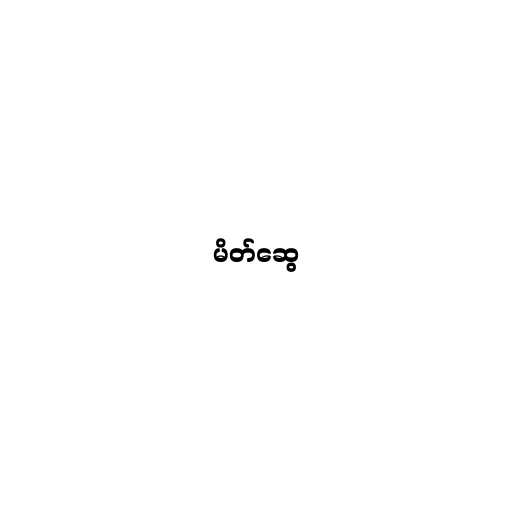
မိတ်ဆွေ